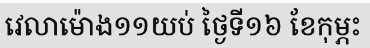
វេលាម៉ោង១១យប់ ថ្ងៃទី១៦ ខែកុម្ភះ